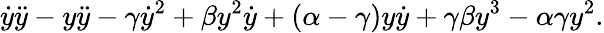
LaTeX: \dot{y}\ddot{y}-y\ddot{y}-\gamma\dot{y}^{2}+\beta y^{2}\dot{y}+(\alpha-\gamma)y\dot{y}+\gamma\beta y^{3}-\alpha\gamma y^{2}.